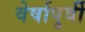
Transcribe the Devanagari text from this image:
वेर्षापुर्वी